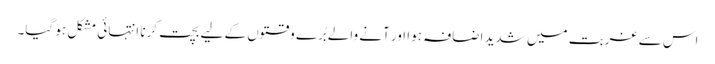
اس سے غربت میں شدید اضافہ ہوا اور آنے والے بُرے وقتوں کے لیے بچت کرنا انتہائی مشکل ہو گیا۔